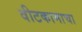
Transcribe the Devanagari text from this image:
वीटकामाचा